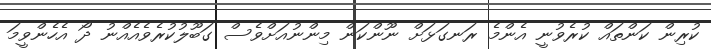
ކުރިން ކަންތައް ކުރެވުނީ އެންމެ ރަނގަޅަށް ނޫންކަން މިންނުއަށްވެސް ގަބޫލުކުރެވެއެއްނު ދޯ އެހެންވީމަ